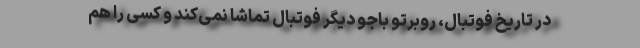
در تاریخ فوتبال، روبرتو باجو دیگر فوتبال تماشا نمی‌کند و کسی را هم